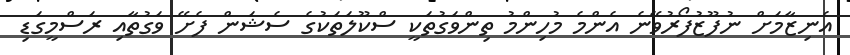
އެނިޒާމަށް ނުފޫޒުފޯރުވޭނެ އެންމެ މުހިންމު ތިންވަގުތަކީ ސްކޫލަތަކުގެ ސެޝަން ފެށޭ ވަގުތާއި ރަސްމީގަޑި